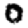
Digit: 0